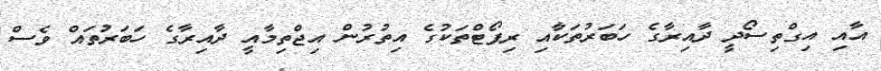
އާއި އިގްތިސޯދީ ދާއިރާގެ ހަބަރުތަކާއި ރިޕޯޓްތަކުގެ އިތުރުން އިޖްތިމާއީ ދާއިރާގެ ހަބަރުތައް ވެސް